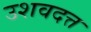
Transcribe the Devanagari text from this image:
उशवदत्त